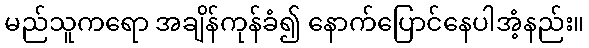
မည်သူကရော အချိန်ကုန်ခံ၍ နောက်ပြောင်နေပါအံ့နည်း။